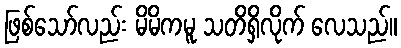
ဖြစ်သော်လည်း မိမိကမူ သတိရှိလိုက် လေသည်။